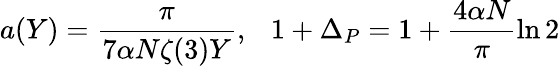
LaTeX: a(Y)=\frac{\pi}{7\alpha N\zeta(3)Y},\ \ \ 1+\Delta_{P}=1+\frac{4\alpha N}{\pi}\ln 2